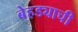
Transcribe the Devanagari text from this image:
बेहड्याची